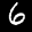
Label: 6